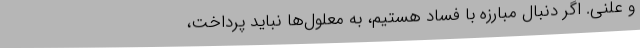
و علنی. اگر دنبال مبارزه با فساد هستیم، به معلول‌ها نباید پرداخت،